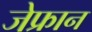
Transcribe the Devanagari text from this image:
जेफ्रान